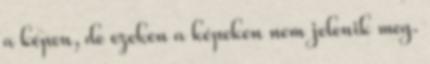
a képen, de ezeken a képeken nem jelenik meg.